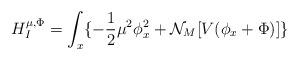
LaTeX: \begin{align*}H_I^{\mu,\Phi}=\int_x\{-{\frac {1}{2}}\mu^2 \phi_x^2+{\cal N}_M[V(\phi_x+\Phi)]\}\end{align*}